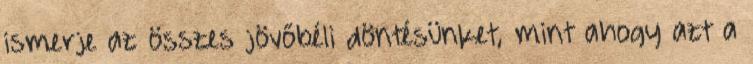
ismerje az összes jövőbéli döntésünket, mint ahogy azt a